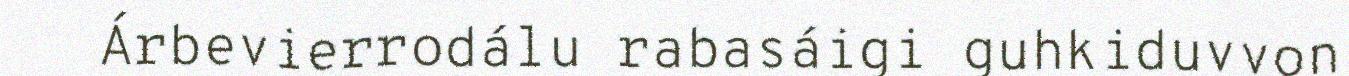
Árbevierrodálu rabasáigi guhkiduvvon